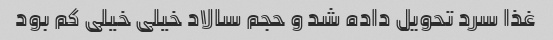
غذا سرد تحویل داده شد و حجم سالاد خیلی خیلی کم بود